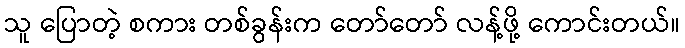
သူ ပြောတဲ့ စကား တစ်ခွန်းက တော်တော် လန့်ဖို့ ကောင်းတယ်။